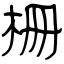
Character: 柵